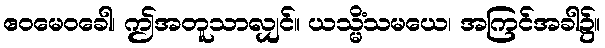
ဧဝမေဝခေါ၊ ဤအတူသာလျှင်။ ယသ္မိံသမယေ၊ အကြင်အခါ၌။